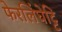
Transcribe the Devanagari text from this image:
फेरलिंघेट्टि